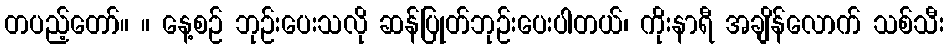
တပည့်တော်။ ။ နေ့စဉ် ဘုဉ်းပေးသလို ဆန်ပြုတ်ဘုဉ်းပေးပါတယ်၊ ကိုးနာရီ အချိန်လောက် သစ်သီး